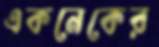
একনেকের